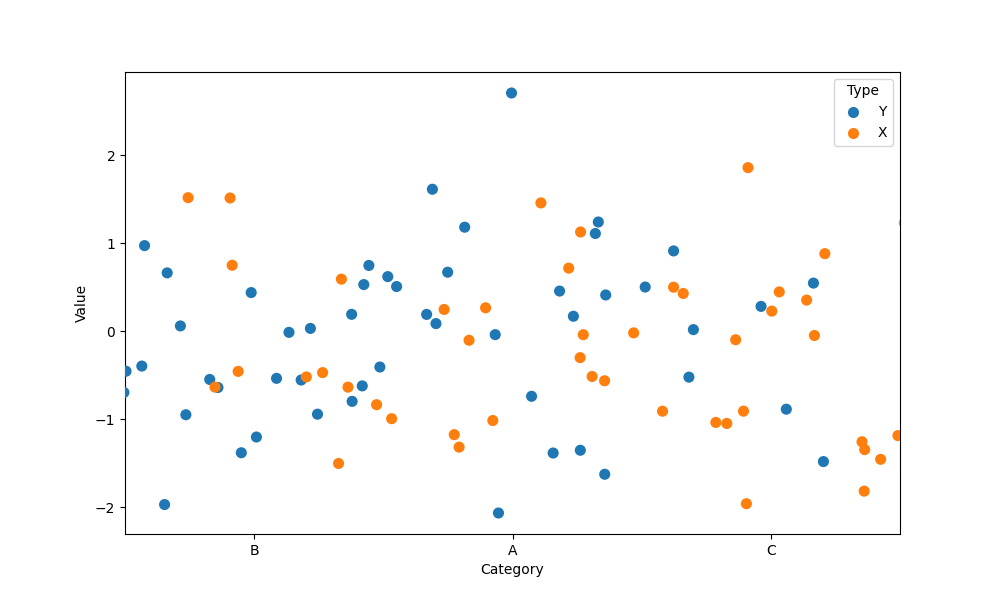
python, seaborn, stripplot, jitter=True, dodge=True, alpha=1.0, size=8